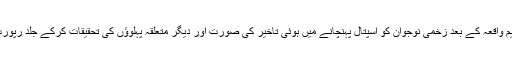
انہوں نے کہا کہ یہ ٹیم واقعہ کے بعد زخمی نوجوان کو اسپتال پہنچانے میں ہوئی تاخیر کی صورت اور دیگر متعلقہ پہلوؤں کی تحقیقات کرکے جلد رپورٹ سونپنے کوکہا ہے۔